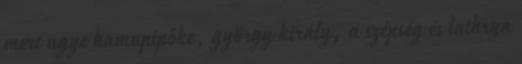
mert ugye hamupipőke, györgy király, a szépség és lathryn